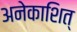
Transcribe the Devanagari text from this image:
अनेकाशित्‌